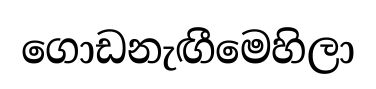
ගොඩනැඟීමෙහිලා